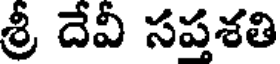
శ్రీ దేవీ సప్తశతి